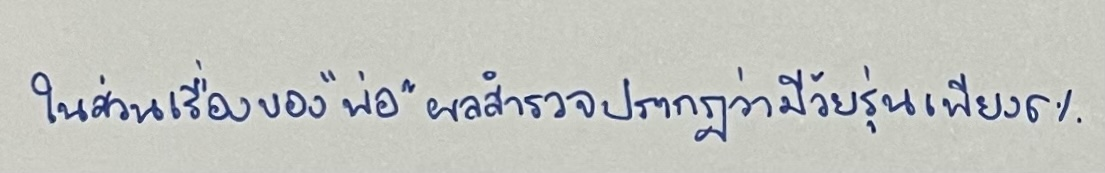
ในส่วนเรื่องของ"พ่อ"ผลสำรวจปรากฏว่ามีวัยรุ่นเพียง6%